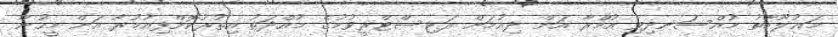
މައުލޫމާތު މުއްސަނދިވި އުމްރާ އަށް ދިއުމަށް ރަޖިސްޓްރީވުމުގެ މުއްދަތު އިތުރުކޮށްފިއުމުރާ އަށް މީހުން